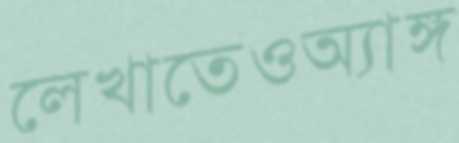
লেখাতেওঅ্যাঙ্গ